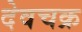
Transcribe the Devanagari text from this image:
देवचक्र